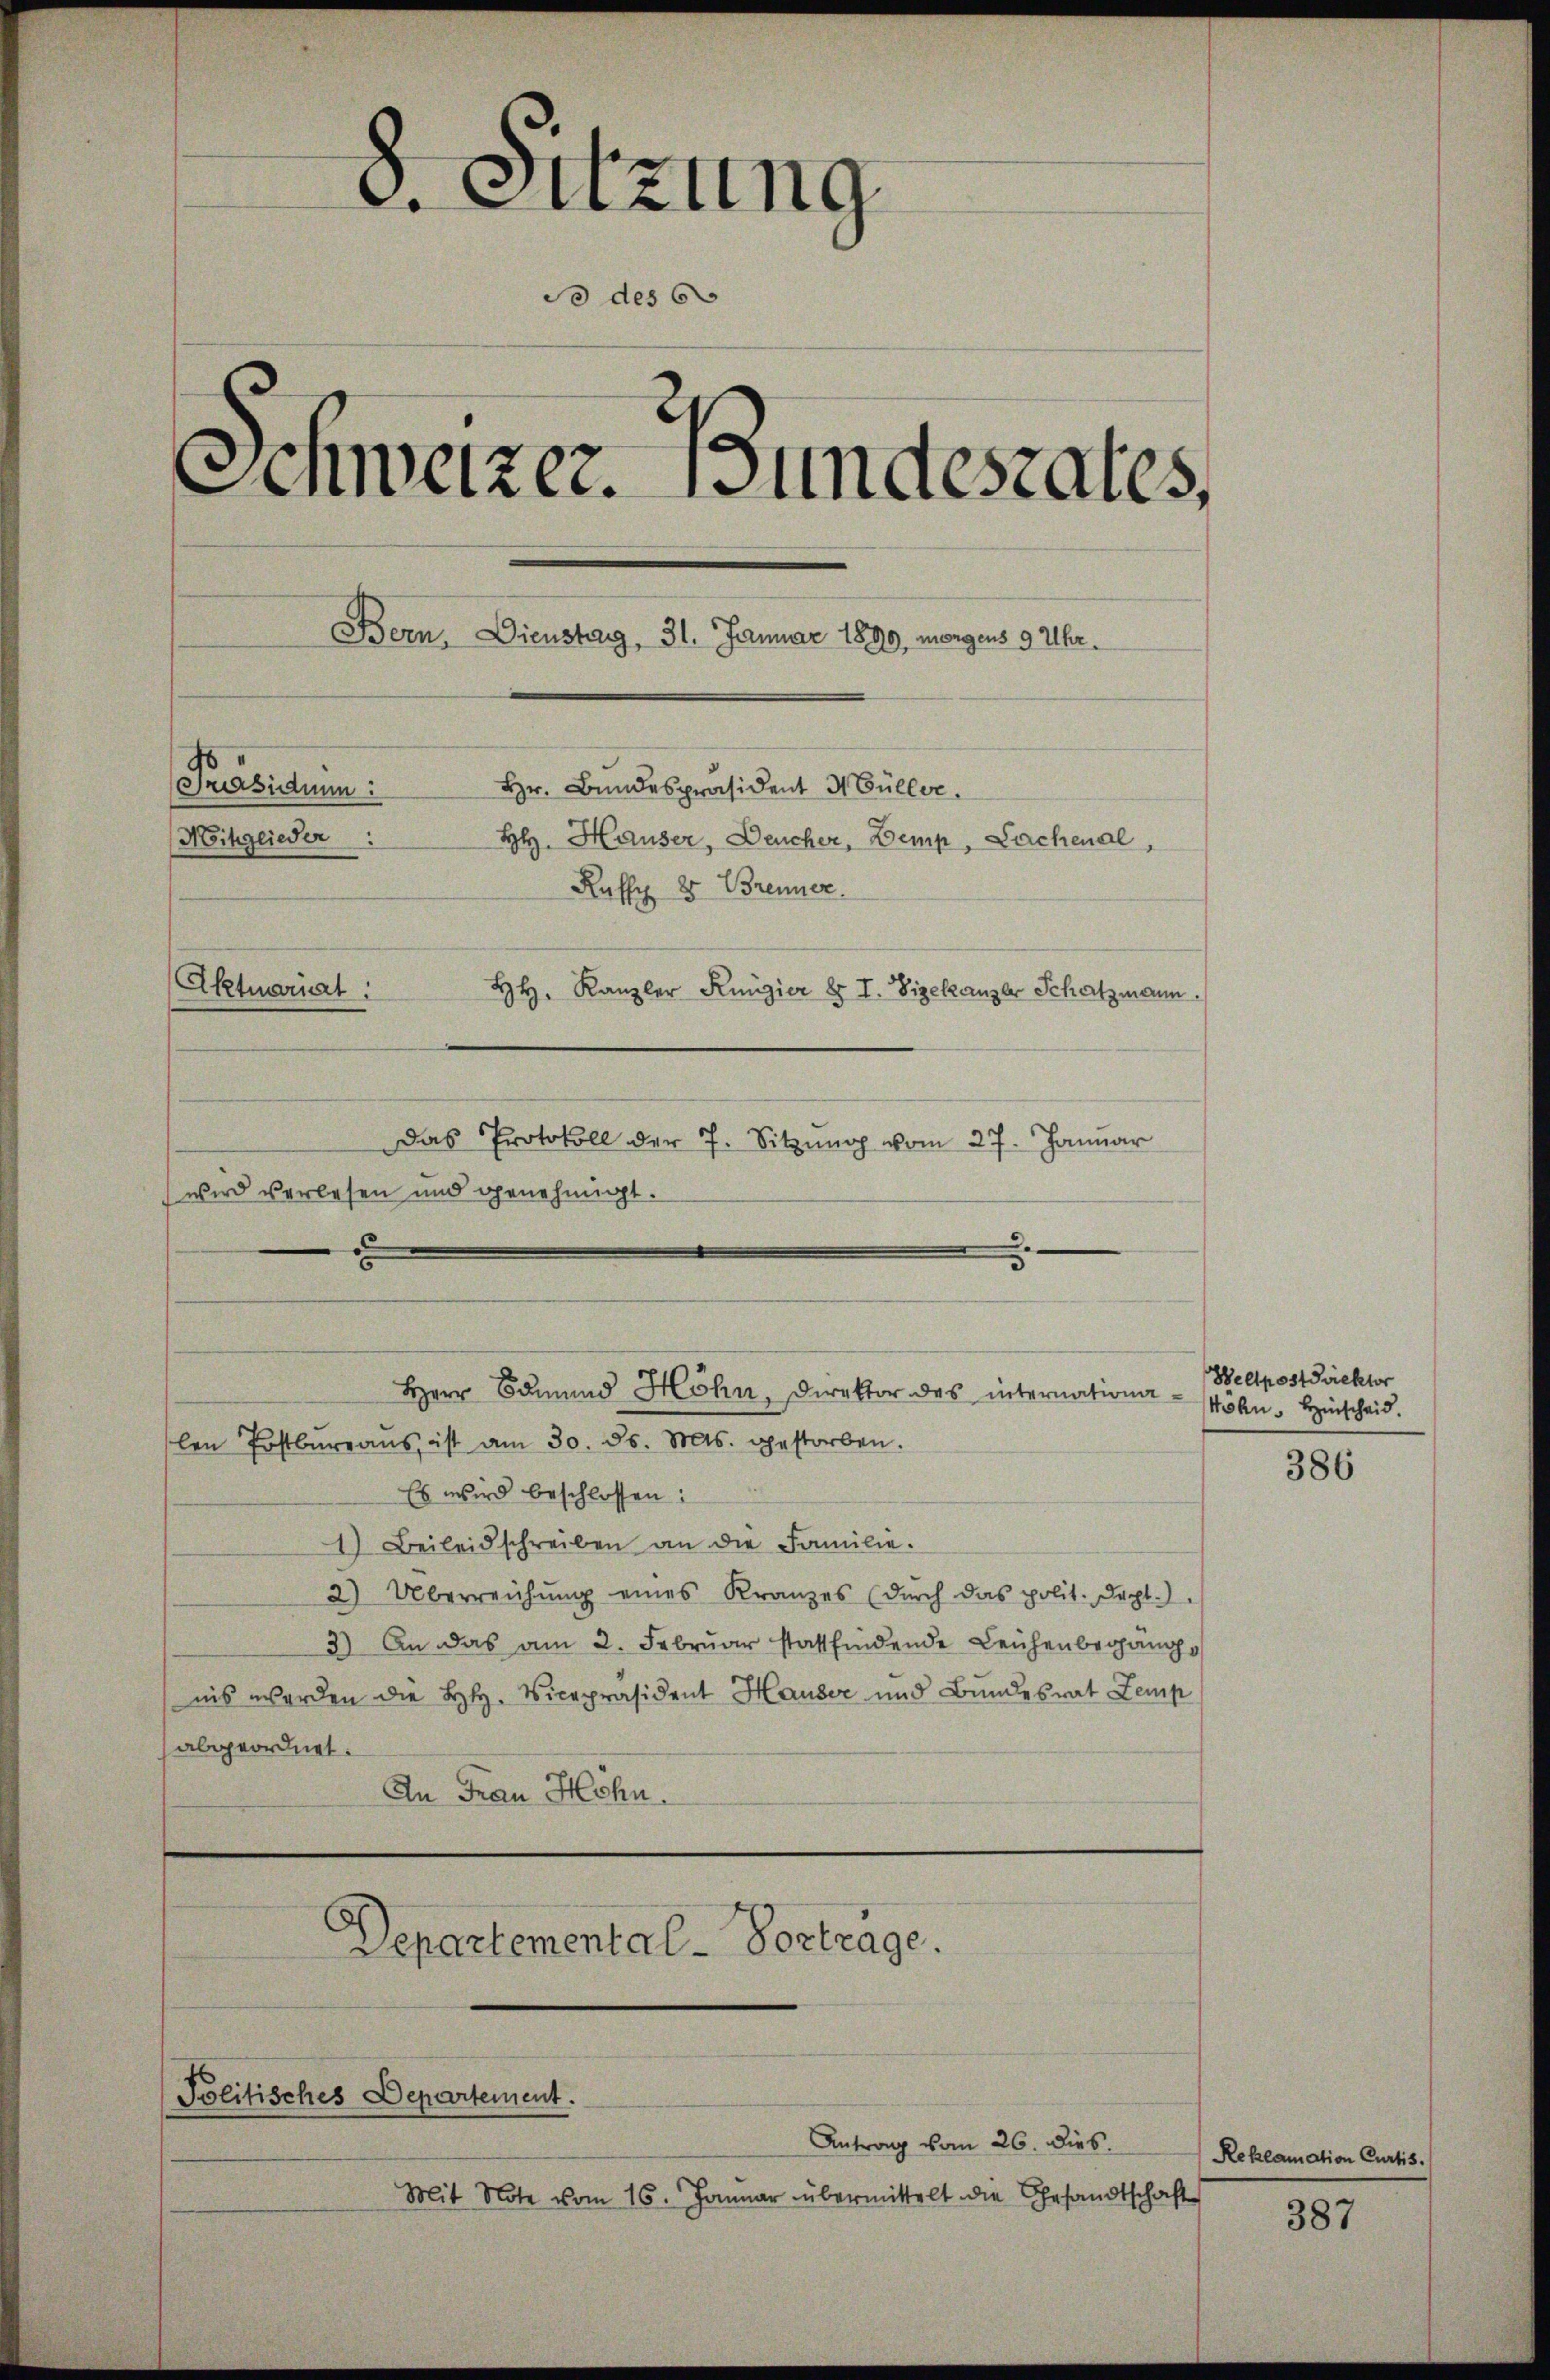
8. Sitzung
do des 6
Schweizer. Bundesrates,
Bern, Dienstag, 31. Januar 1899, morgens 9 Uhr.
46
Präsidium
Hr. Bundespräsident Müller.
Mitglieder:
HH. Hauser, Deucher, Demp, Lachenal,
Ruff 2 Brenner
Aktuariat
HH. Kanzler Küngier § I. Vizekanzler Schatzmann.
Das Protokoll der 7. Sitzŭng vom 27. Januar

len Postbureaus ist am 30. d. Mts. gestorben.
Es wird beschlossen:
1) Beileidschreiben an die Familie.
2) Überreichŭng eines Kranzes (durch das polit. Sept.)
3) An das am 2. Febrŭar stattfindende Leichenbegangs
nis werden die H. Vicepräsident Hauser und Bundesrat Zemp
abgeordnet.
An Frau Hehn.

wird verlesen und genehmigt.

Departemental-Vortrage.

Politisches Departement.

Herr Edmund Höhn, Direktor des internationa - Mölin. Hinscheid.

Mit Note vom 16. Januar übermittelt die Gesandtschaft

Antrag vom 26. dies.

Wellpostdirektor

386

Reklamation Curtis.
387